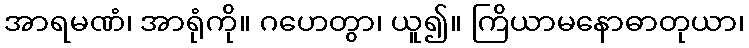
အာရမဏံ၊ အာရုံကို။ ဂဟေတွာ၊ ယူ၍။ ကြိယာမနောဓာတုယာ၊